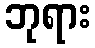
ဘုရား